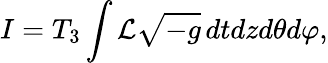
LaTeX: I=T_{3}\int{\cal L}\sqrt{-g}\, dtdzd\theta d\varphi,